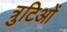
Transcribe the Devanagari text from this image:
त्रुटिओं